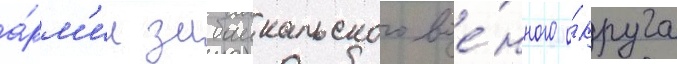
а́рм'ии забаикальского вое́нного о́круга